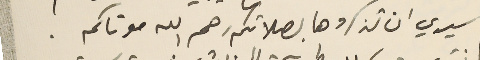
سيدي ان تذكروها بصلاتكم رحم الله موتاكم.